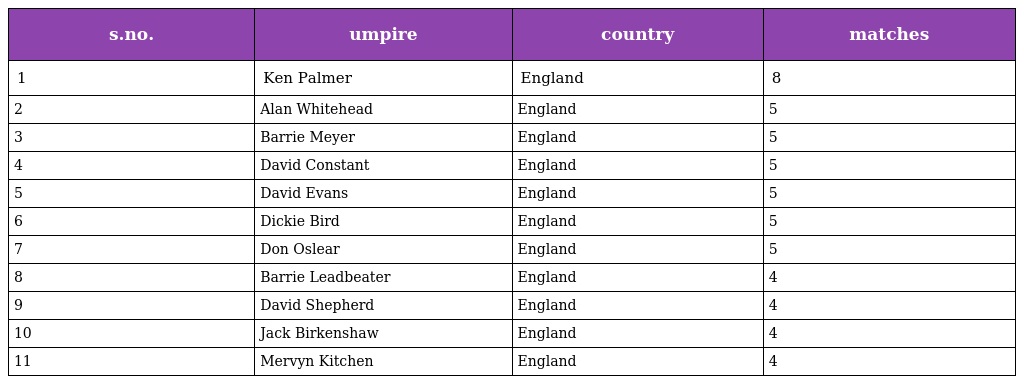
| s.no. | umpire | country | matches |
 | --- | --- | --- | --- |
 | 1 | Ken Palmer | England | 8 |
 | 2 | Alan Whitehead | England | 5 |
 | 3 | Barrie Meyer | England | 5 |
 | 4 | David Constant | England | 5 |
 | 5 | David Evans | England | 5 |
 | 6 | Dickie Bird | England | 5 |
 | 7 | Don Oslear | England | 5 |
 | 8 | Barrie Leadbeater | England | 4 |
 | 9 | David Shepherd | England | 4 |
 | 10 | Jack Birkenshaw | England | 4 |
 | 11 | Mervyn Kitchen | England | 4 |